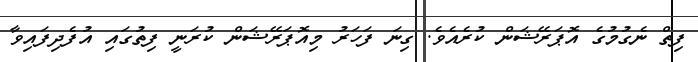
ފިތް ނެގުމުގެ އޮޕަރޭޝަން ކުރެއެވެ. ގިނަ ފަހަރު މިއޮޕަރޭޝަން ކުރަނީ ފިތުގައި އުފެދިފައިވާ